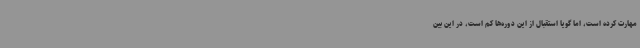
مهارت کرده است، اما گویا استقبال از این دوره‌ها کم است، در این بین